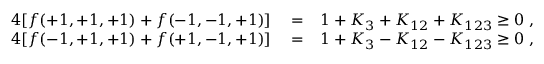
\begin{array} { r l r } { 4 [ f ( + 1 , + 1 , + 1 ) + f ( - 1 , - 1 , + 1 ) ] } & { { } = } & { 1 + K _ { 3 } + K _ { 1 2 } + K _ { 1 2 3 } \ge 0 \; , } \\ { 4 [ f ( - 1 , + 1 , + 1 ) + f ( + 1 , - 1 , + 1 ) ] } & { { } = } & { 1 + K _ { 3 } - K _ { 1 2 } - K _ { 1 2 3 } \ge 0 \; , } \end{array}